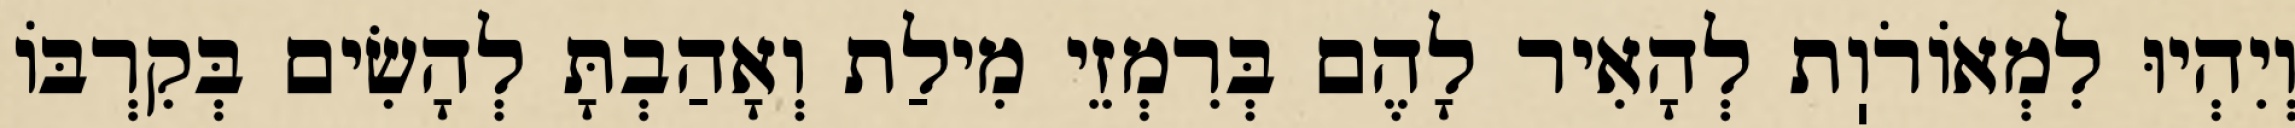
וְיִהְיוּ לִמְאוֹרֹוֽת לְהָאִיר לָהֶם בְּרִמְזֵי מִילַת וְאָהַבְתָּ לְהָשִׂים בְּקִרְבּוֹ